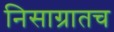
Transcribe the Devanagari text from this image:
निसाग्रातच